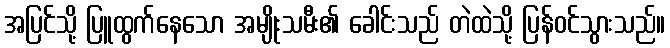
အပြင်သို့ ပြူထွက်နေသော အမျိုးသမီး၏ ခေါင်းသည် တဲထဲသို့ ပြန်ဝင်သွားသည်။